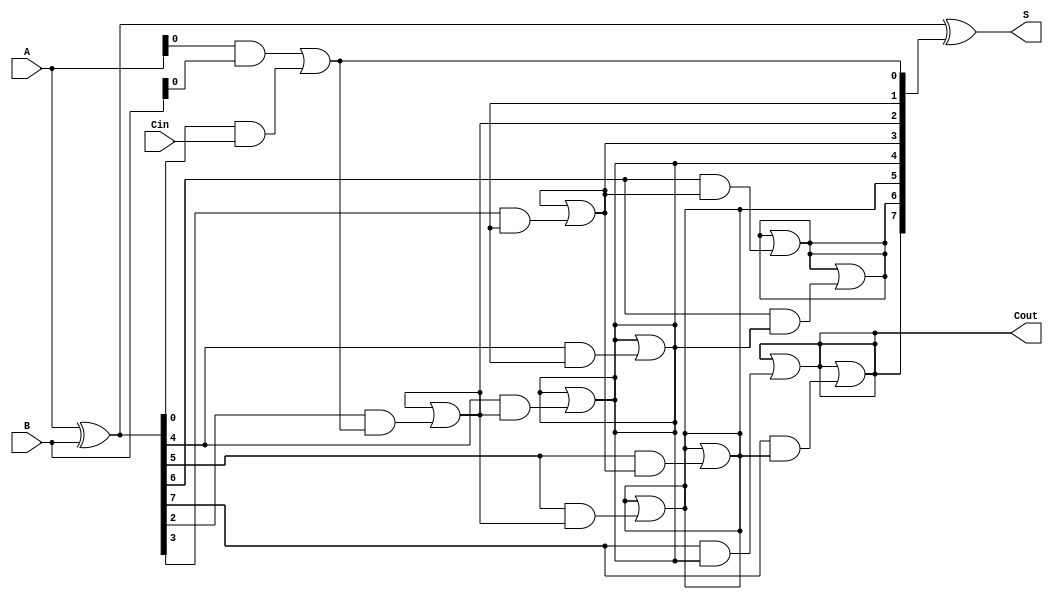
module brent_kung_adder #(
    parameter N = 8  // Parameter for the bit-width of the adder
)(
    input [N-1:0] A,      // First n-bit input
    input [N-1:0] B,      // Second n-bit input
    input Cin,            // Carry-in
    output [N-1:0] S,     // n-bit sum output
    output Cout           // Carry-out
);

    wire [N-1:0] G;       // Generate signals
    wire [N-1:0] P;       // Propagate signals
    wire [N:0] C;         // Carry signals (C[0] to C[N])

    // Generate and Propagate signals
    assign G = A & B;     // Generate
    assign P = A ^ B;     // Propagate

    // Carry signals computation
    assign C[0] = Cin;    // Initial carry-in

    genvar i, j;
    generate
        // Level 1
        for (i = 0; i < N; i = i + 1) begin
            if (i == 0) begin
                assign C[i+1] = G[i] | (P[i] & C[i]);
            end
        end

        // Levels 2 to log2(N)
        for (j = 1; j < N; j = j + 1) begin
            for (i = 0; i < N; i = i + 1) begin
                if (i >= (1 << j)) begin
                    assign C[i+1] = C[i+1] | (P[i] & C[i - (1 << (j-1))]);
                end
            end
        end
    endgenerate

    // Sum computation
    assign S = P ^ C[N:1]; // Sum bits

    // Final carry-out
    assign Cout = C[N];

endmodule